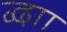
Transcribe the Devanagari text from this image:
द्वाा